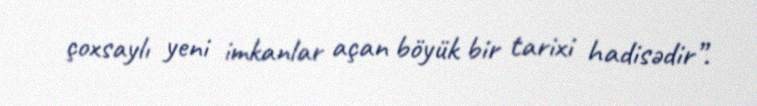
çoxsaylı yeni imkanlar açan böyük bir tarixi hadisədir”.